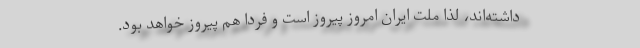
داشته‌اند، لذا ملت ایران امروز پیروز است و فردا هم پیروز خواهد بود.